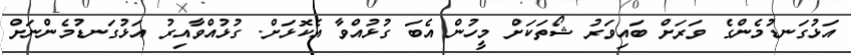
އަޅުގަނޑުމެންގެ ވަރަށް ބައިވަރު ޝޯތަކަށް މީހުން އެބަ ގުޅުއްވާ އެކޮޅަށް. ގުޅުއްވާއިރު އަޅުގަނޑުމެންނަށް